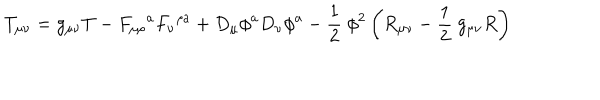
LaTeX: T _ { \mu \nu } = g _ { \mu \nu } T - F _ { \mu \rho } \mathrm { } ^ { a } F _ { \nu } \mathrm { } ^ { \rho a } + D _ { \mu } \phi ^ { a } D _ { \nu } \phi ^ { a } - \frac { 1 } { 2 } \ \phi ^ { 2 } \left( R _ { \mu \nu } - \frac { 1 } { 2 } \ g _ { \mu \nu } R \right)